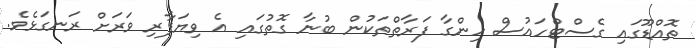
ތޮއްޑޫގައި ގެސްޓްހައުސް ހިންގާ ފަރާތްތަކުން ބުނާ ގޮތުގައި އެ ވިޔަފާރި ވަރަށް ރަނގަޅެވެ.